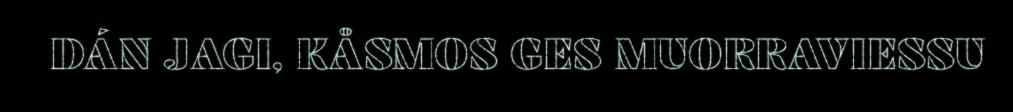
DÁN JAGI, KÅSMOS GES MUORRAVIESSU